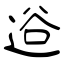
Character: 逧